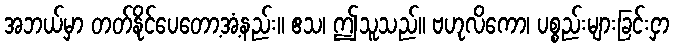
အဘယ်မှာ တတ်နိုင်ပေတော့အံ့နည်း။ ဧသ၊ ဤသူသည်။ ဗဟုလိကော၊ ပစ္စည်းများခြင်းငှာ